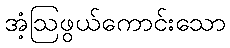
အံ့ဩဖွယ်ကောင်းသော